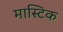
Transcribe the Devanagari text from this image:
मास्टिक